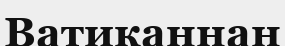
Ватиканнан